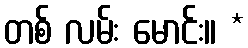
တစ် လမ်း မောင်း။ *